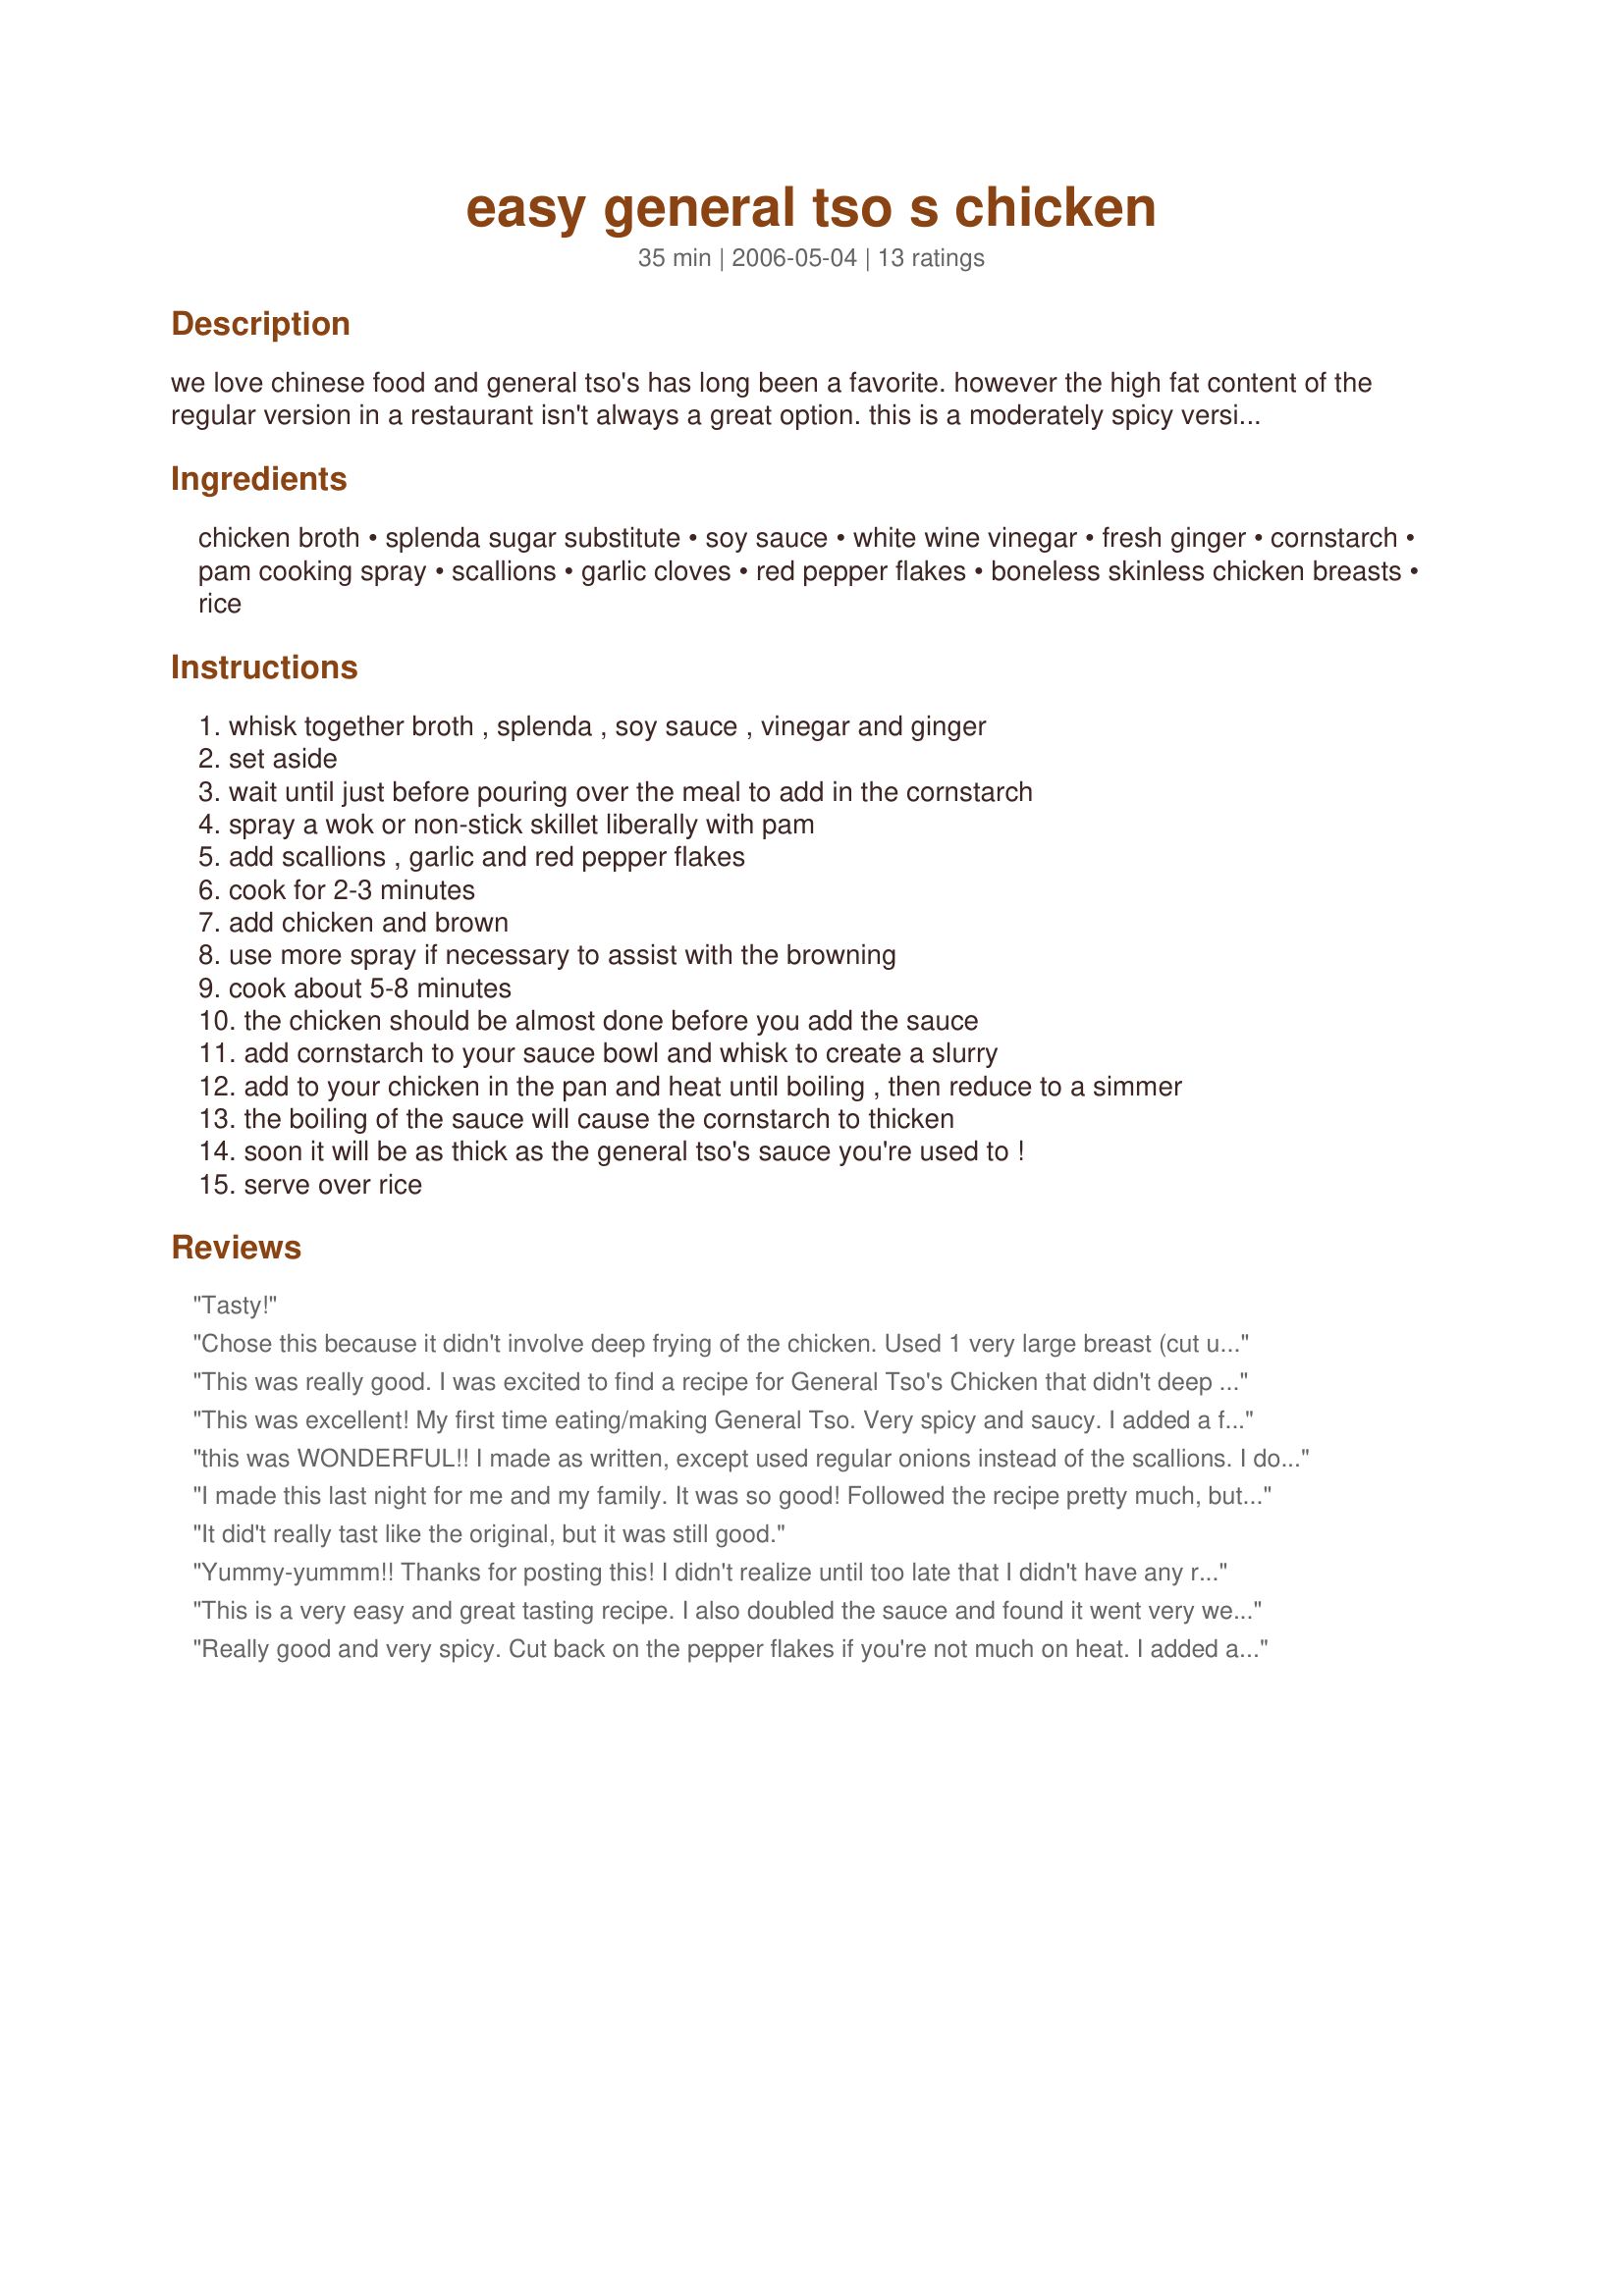
easy general tso s chicken
Preparation time: 35 minutes

we love chinese food and general tso's has long been a favorite. however the high fat content of the regular version in a restaurant isn't always a great option.

this is a moderately spicy version of the recipe. reduce the ginger, garlic, scallions or red pepper flakes as your tastes desire. you can also substitute higher calorie options, such as regular sugar for the splenda, or vegetable oil instead of pam cooking spray.

Ingredients:
chicken broth, splenda sugar substitute, soy sauce, white wine vinegar, fresh ginger, cornstarch, pam cooking spray, scallions, garlic cloves, red pepper flakes, boneless skinless chicken breasts, rice

Steps:
whisk together broth , splenda , soy sauce , vinegar and ginger, set aside, wait until just before pouring over the meal to add in the cornstarch, spray a wok or non-stick skillet liberally with pam, add scallions , garlic and red pepper flakes, cook for 2-3 minutes, add chicken and brown, use more spray if necessary to assist with the browning, cook about 5-8 minutes, the chicken should be almost done before you add the sauce, add cornstarch to your sauce bowl and whisk to create a slurry, add to your chicken in the pan and heat until boiling , then reduce to a simmer, the boiling of the sauce will cause the cornstarch to thicken, soon it will be as thick as the general tso's sauce you're used to !, serve over rice

Reviews:
Tasty!
Chose this because it didn't involve deep frying of the chicken. Used 1 very large breast (cut up, though it wasn't called for) for 2 of us. Added some red and yellow pepper as did another reviewer and cut back the red pepper flakes to 1 tsp and will cut that back the next time because we found it quite spicy but delicious served over some sticky rice I had in the freezer. Thanks for submitting this one.
This was really good. I was excited to find a recipe for General Tso's Chicken that didn't deep fry the chicken first! I followed the recipe exactly as stated. The sauce was thick and rich, and this was easy to make. I will tweak this the next time that I make it (and I will be making this again) to use less ginger & splenda and more crushed peppers. I guess I'm more spicy than sweet! Thanks for this excellent recipe!
This was excellent! My first time eating/making General Tso. Very spicy and saucy. I added a few cups of frozen (thawed) stir fry veggies, and I almost doubled the sauce to cover it all. There was still plenty of sauce to go over rice. This is an Asian favorite for us now, thanks!
this was WONDERFUL!! I made as written, except used regular onions instead of the scallions. I doubled the recipe and even my MIL, who was skeptical when she saw it in the pan because it wasn't crispy like what you order from a Chinese restaurant, loved it!! EXCELLENT!!
I made this last night for me and my family. It was so good! Followed the recipe pretty much, but winged it on amounts because I wanted lots of extra sauce, and it was still delish. My only wish is that I didn't cook the chicken all the way through before adding the sauce, as it was a tad bit over cooked, but EVERYONE went back for seconds. Next time adding veggies. Served with Jasmine rice and it was really tasty. Thanks!
It did't really tast like the original, but it was still good.
Yummy-yummm!! Thanks for posting this! I didn't realize until too late that I didn't have any red pepper flakes so I substituted 1 tsp crushed habinero pepper. It was HOT, but we still really liked it! We'll definately try this again!
This is a very easy and great tasting recipe. I also doubled the sauce and found it went very well with 3 cups of rice and about 1 lb of boneless chicken thighs. I chose to use thighs because this is what they use in Chinese restaurants for General's chicken. I found difficult them to cut into bite size pieces. Too much to trim. Next time I will try the chicken breast idea in the original recipe. And perhaps reduce the red pepper flakes. It was fine for me but my bf thought it was too hot.
Really good and very spicy. Cut back on the pepper flakes if you're not much on heat. I added a package of frozen oriental veggies to make it an meal in one pan.
As suggested by the other reviewers, I cut back on the red peppers to 1/2 tsp, doubled the sauce, added a bag of frozen broccoli and it was really very good! This recipe is a keeper!
This was really good and as the title says, very easy. I really like spicy, but this was almost too spicy for me. I highly recommend this, but if you don't like really spicy, cut the red crushed pepper back to maybe 1 teaspoon and add more to taste. The sauce is great, and we loved it over rice. It was a very good recipe and we will definitly have it again. Thanks for sharing the recipe.
I've tried several General Tso's chicken recipes and this is the favorite. It's so easy and has so much flavor. I doubled the sauce and sauteed a sliced red pepper and half of an orange pepper in dry sherry. I also reduced the red pepper flakes to 1.5 tsp and it was still a little to spicy in my opinion, will probably reduce to 1 tsp next time. I substituted honey for the sugar/Splenda which added a nice richness. Thank you, we will definitely be having this one again!
